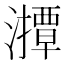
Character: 𤁡